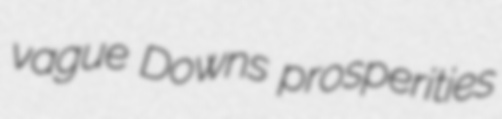
vague Downs prosperities